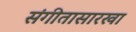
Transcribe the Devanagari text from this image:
संगीतासारखा